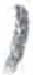
אות: ו